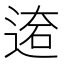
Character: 𨔙